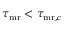
\tau _ { \mathrm { m r } } < \tau _ { { \mathrm { m r } } , c }